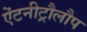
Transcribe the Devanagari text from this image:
ऐंटनीट्रौलौप